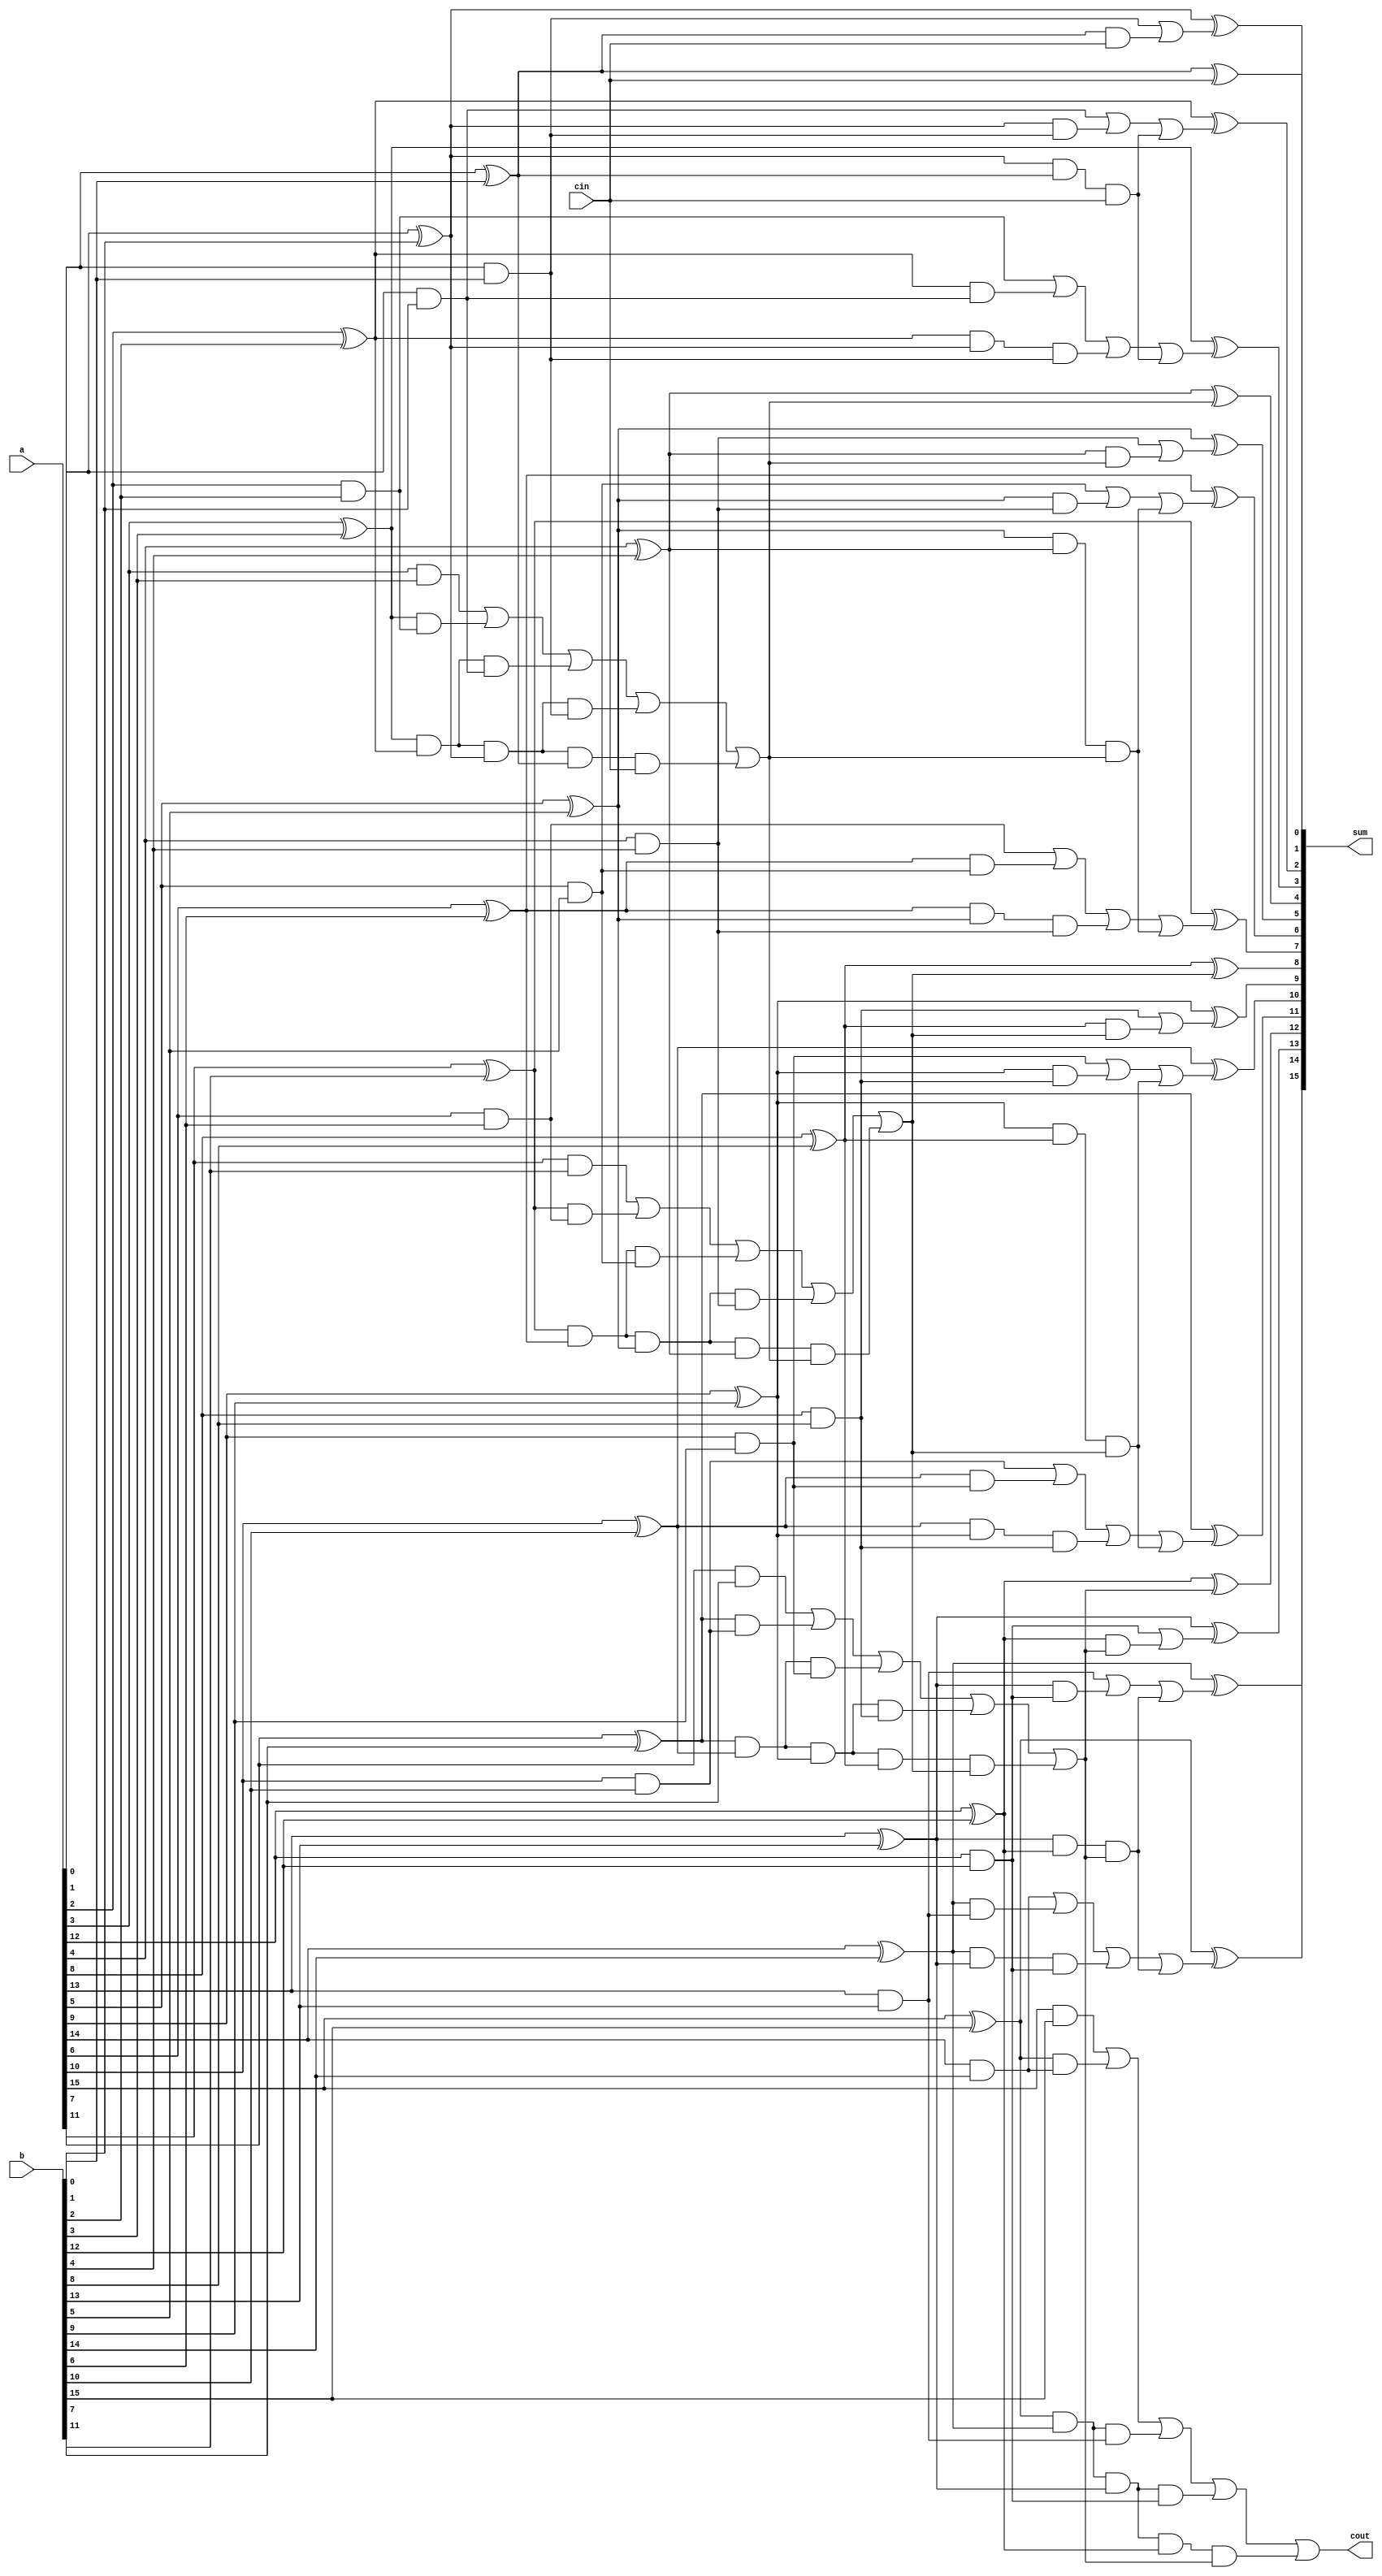
module b_cla16(a,b,cin,sum,cout);
    input [15:0] a,b;
    input cin;
    output reg [15:0] sum;
    output reg cout;
    reg c[16:0];
    reg [15:0]p,g;
    integer i;
    always@(*)begin
        p[0]=(a[0]^b[0]);
        p[1]=(a[1]^b[1]);
        p[2]=(a[2]^b[2]);
        p[3]=(a[3]^b[3]);

        g[0]=(a[0]&b[0]);
        g[1]=(a[1]&b[1]);
        g[2]=(a[2]&b[2]);
        g[3]=(a[3]&b[3]);

        c[0]=cin;
        c[1]=g[0]|(p[0]&cin);
        c[2]=g[1]|(p[1]&g[0])|(p[1]&p[0]&cin);
        c[3]=g[2]|(p[2]&g[1])|(p[2]&p[1]&g[0])|(p[1]&p[1]&p[0]&cin);
        c[4]=g[3]|(p[3]&g[2])|(p[3]&p[2]&g[1])|(p[3]&p[2]&p[1]&g[0])|(p[3]&p[2]&p[1]&p[0]&cin);

        sum[0]=p[0]^c[0];
        sum[1]=p[1]^c[1];
        sum[2]=p[2]^c[2];
        sum[3]=p[3]^c[3];

        for( i = 4; i <= 12; i =i+4) begin : loop
            p[0+i]=(a[0+i]^b[0+i]);
            p[1+i]=(a[1+i]^b[1+i]);
            p[2+i]=(a[2+i]^b[2+i]);
            p[3+i]=(a[3+i]^b[3+i]);

            g[0+i]=(a[0+i]&b[0+i]);
            g[1+i]=(a[1+i]&b[1+i]);
            g[2+i]=(a[2+i]&b[2+i]);
            g[3+i]=(a[3+i]&b[3+i]);

            c[1+i]=g[0+i]|(p[0+i]&c[i]);
            c[2+i]=g[1+i]|(p[1+i]&g[0+i])|(p[1+i]&p[0+i]&c[i]);
            c[3+i]=g[2+i]|(p[2+i]&g[1+i])|(p[2+i]&p[1+i]&g[0+i])|(p[1+i]&p[1+i]&p[0+i]&c[i]);
            c[4+i]=g[3+i]|(p[3+i]&g[2+i])|(p[3+i]&p[2+i]&g[1+i])|(p[3+i]&p[2+i]&p[1+i]&g[0+i])|(p[3+i]&p[2+i]&p[1+i]&p[0+i]&c[i]);

            sum[0+i]=p[0+i]^c[0+i];
            sum[1+i]=p[1+i]^c[1+i];
            sum[2+i]=p[2+i]^c[2+i];
            sum[3+i]=p[3+i]^c[3+i];

        end
        cout = c[16];

    end
endmodule